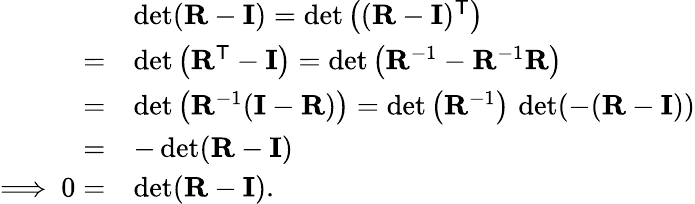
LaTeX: {\begin{array}{rl}&{\operatorname*{det}(\mathbf{R}-\mathbf{I})=\operatorname*{det}\left((\mathbf{R}-\mathbf{I})^{\mathsf{T}}\right)}\\ {=}&{\operatorname*{det}\left(\mathbf{R}^{\mathsf{T}}-\mathbf{I}\right)=\operatorname*{det}\left(\mathbf{R}^{-1}-\mathbf{R}^{-1}\mathbf{R}\right)}\\ {=}&{\operatorname*{det}\left(\mathbf{R}^{-1}(\mathbf{I}-\mathbf{R})\right)=\operatorname*{det}\left(\mathbf{R}^{-1}\right)\, \operatorname*{det}(-(\mathbf{R}-\mathbf{I}))}\\ {=}&{-\operatorname*{det}(\mathbf{R}-\mathbf{I})}\\ {\Longrightarrow\ 0=}&{\operatorname*{det}(\mathbf{R}-\mathbf{I}).}\end{array}}